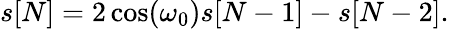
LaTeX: s[N]=2\cos(\omega_{0})s[N-1]-s[N-2].